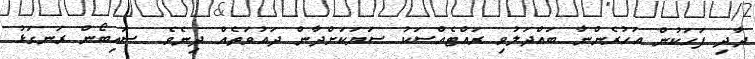
ދާދި ފަހަކުން އަހުރެންނާ ބައްދަލުވި ރައްޓެއްސަކު ސަޔަކަށްދާން ދައުވަތެއް ދިނެވެ. ސައިބޯން ރަނގަޅު